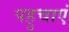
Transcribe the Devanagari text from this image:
पहुचाएं